Indian journal of veterinary science and animal husbandry - Volume 3,
Year: 1933
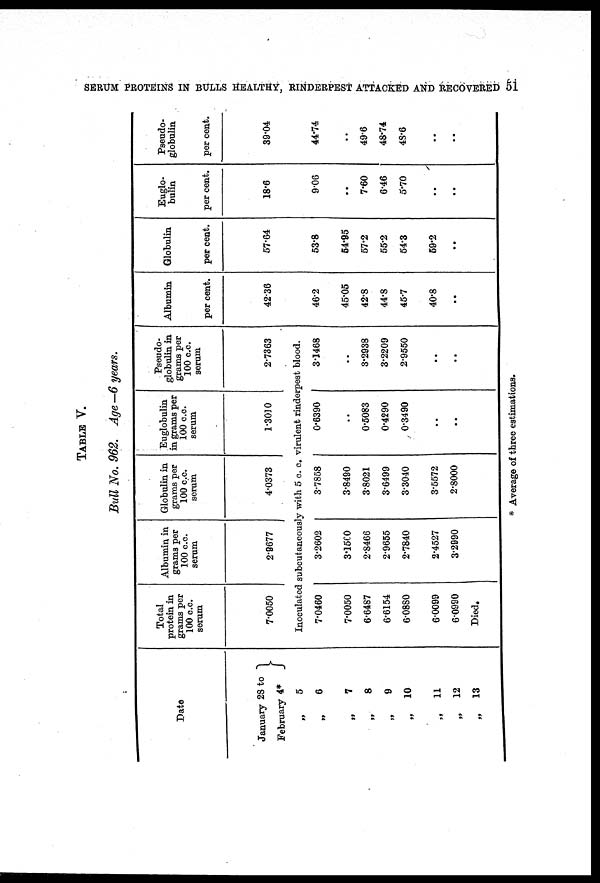
SERUM PROTEINS IN BULLS HEALTHY, RINDERPEST ATTACKED AND RECOVERED 51
TABLE V.
Bull No. 962. Age —6 years.
Date
January 28 to
February 4*
„
5
„
6
„
7
„
8
„
9
„ 10
„
11
„
12
„
13
Total
protein in
grams per
100 c.c.
serum
7.0050
Albumin in
grams per
100 c.c.
serum
2.9677
Globulin in
grams per
100 c.c.
serum
4.0373
Inoculated subcutaneously with 5 c. c.
7.0460
7.0050
6.6487
6.6154
6.0880
6.0099
6.0990
Died.
3.2602
3.1500
2.8466
2.9655
2.7840
2.4527
3.2990
3.7858
3.8490
3.8021
3.6499
3.3040
3.5572
2.8000
Euglobulin
in grams per
100 c.c.
serum
1.3010
Pseudo-
globulin in
grams per
100 c.c.
serum
2.7363
virulent rinderpest blood.
0.6390
0.5083
0.4290
0.3490
..
..
3.1468
3.2938
3.2209
2.9550
..
..
Albumin
per cent.
42.36
46.2
45.05
42.8
44.8
45.7
40.8
..
Globulin
per cent.
57.64
53.8
54.95
57.2
55.2
54.3
59.2
..
Euglo-
bulin
per cent.
18.6
9.06
..
7.60
6.46
5.70
..
..
Pseudo-
globulin
per cent.
39.04
44.74
49.6
48.74
48.6
..
..
* Average of three estimations.